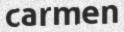
carmen